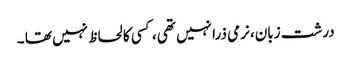
درشت زبان، نرمی ذرا نہیں تھی ، کسی کا لحاظ نہیں تھا ۔